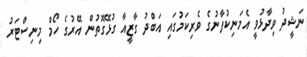
ނަޝީދު ވިދާޅުވީ އެމަނިކުފާނުގެ ވެރިކަމުގައި އަބްދު ގާޒީއާ ގުޅޭގޮތުން އޭރުގެ ހޯމް މިނިސްޓަރު